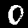
Digit: 0